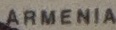
ARMENIA